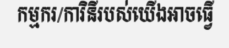
កម្មករ/ការិនីរបស់យើងអាចធ្វើ